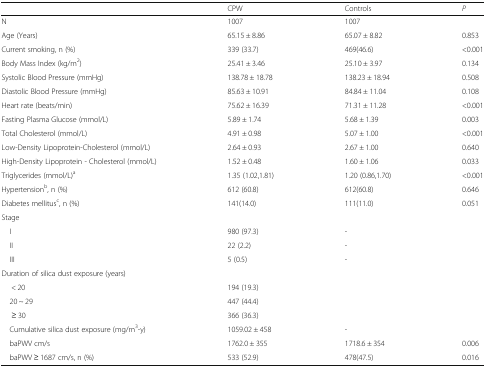
<table><thead><tr><td></td><td><b>CPW</b></td><td><b>Controls</b></td><td><b><i>P</i></b></td></tr></thead><tbody><tr><td>N</td><td>1007</td><td>1007</td><td></td></tr><tr><td>Age (Years)</td><td>65.15 ± 8.86</td><td>65.07 ± 8.82</td><td>0.853</td></tr><tr><td>Current smoking, n (%)</td><td>339 (33.7)</td><td>469(46.6)</td><td>&lt;0.001</td></tr><tr><td>Body Mass Index (kg/m<sup>2</sup>)</td><td>25.41 ± 3.46</td><td>25.10 ± 3.97</td><td>0.134</td></tr><tr><td>Systolic Blood Pressure (mmHg)</td><td>138.78 ± 18.78</td><td>138.23 ± 18.94</td><td>0.508</td></tr><tr><td>Diastolic Blood Pressure (mmHg)</td><td>85.63 ± 10.91</td><td>84.84 ± 11.04</td><td>0.108</td></tr><tr><td>Heart rate (beats/min)</td><td>75.62 ± 16.39</td><td>71.31 ± 11.28</td><td>&lt;0.001</td></tr><tr><td>Fasting Plasma Glucose (mmol/L)</td><td>5.89 ± 1.74</td><td>5.68 ± 1.39</td><td>0.003</td></tr><tr><td>Total Cholesterol (mmol/L)</td><td>4.91 ± 0.98</td><td>5.07 ± 1.00</td><td>&lt;0.001</td></tr><tr><td>Low-Density Lipoprotein-Cholesterol (mmol/L)</td><td>2.64 ± 0.93</td><td>2.67 ± 1.00</td><td>0.640</td></tr><tr><td>High-Density Lipoprotein - Cholesterol (mmol/L)</td><td>1.52 ± 0.48</td><td>1.60 ± 1.06</td><td>0.033</td></tr><tr><td>Triglycerides (mmol/L)<sup>a</sup></td><td>1.35 (1.02,1.81)</td><td>1.20 (0.86,1.70)</td><td>&lt;0.001</td></tr><tr><td>Hypertension<sup>b</sup>, n (%)</td><td>612 (60.8)</td><td>612(60.8)</td><td>0.646</td></tr><tr><td>Diabetes mellitus<sup>c</sup>, n (%)</td><td>141(14.0)</td><td>111(11.0)</td><td>0.051</td></tr><tr><td colspan="4">Stage</td></tr><tr><td> I</td><td>980 (97.3)</td><td>-</td><td></td></tr><tr><td> II</td><td>22 (2.2)</td><td>-</td><td></td></tr><tr><td> III</td><td>5 (0.5)</td><td>-</td><td></td></tr><tr><td colspan="4">Duration of silica dust exposure (years)</td></tr><tr><td>&lt; 20</td><td>194 (19.3)</td><td></td><td></td></tr><tr><td> 20 ~ 29</td><td>447 (44.4)</td><td></td><td></td></tr><tr><td>≥ 30</td><td>366 (36.3)</td><td></td><td></td></tr><tr><td> Cumulative silica dust exposure (mg/m<sup>3</sup>-y)</td><td>1059.02 ± 458</td><td>-</td><td></td></tr><tr><td> baPWV cm/s</td><td>1762.0 ± 355</td><td>1718.6 ± 354</td><td>0.006</td></tr><tr><td> baPWV ≥ 1687 cm/s, n (%)</td><td>533 (52.9)</td><td>478(47.5)</td><td>0.016</td></tr></tbody></table>